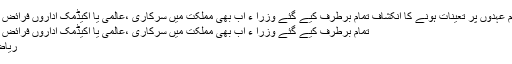
برخاست سعودی وزراء کے اہم عہدوں پر تعینات ہونے کا انکشاف تمام برطرف کیے گئے وزرا ء اب بھی مملکت میں سرکاری ،عالمی یا اکیڈمک اداروں فرائض سرانجام دے رہے ہیں،رپورٹ
تمام برطرف کیے گئے وزرا ء اب بھی مملکت میں سرکاری ،عالمی یا اکیڈمک اداروں فرائض سرانجام دے رہے ہیں،رپورٹ
ریاض(اُردو پوائنٹ اخبارتازہ ترین۔